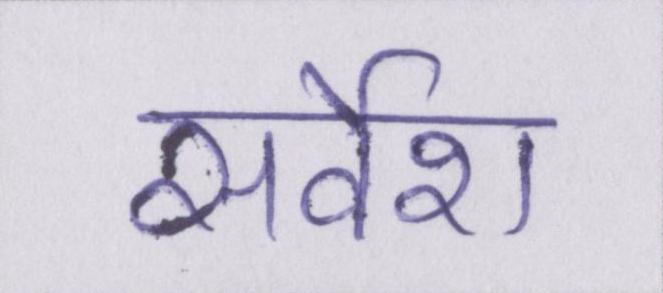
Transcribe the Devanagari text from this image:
सर्वेश